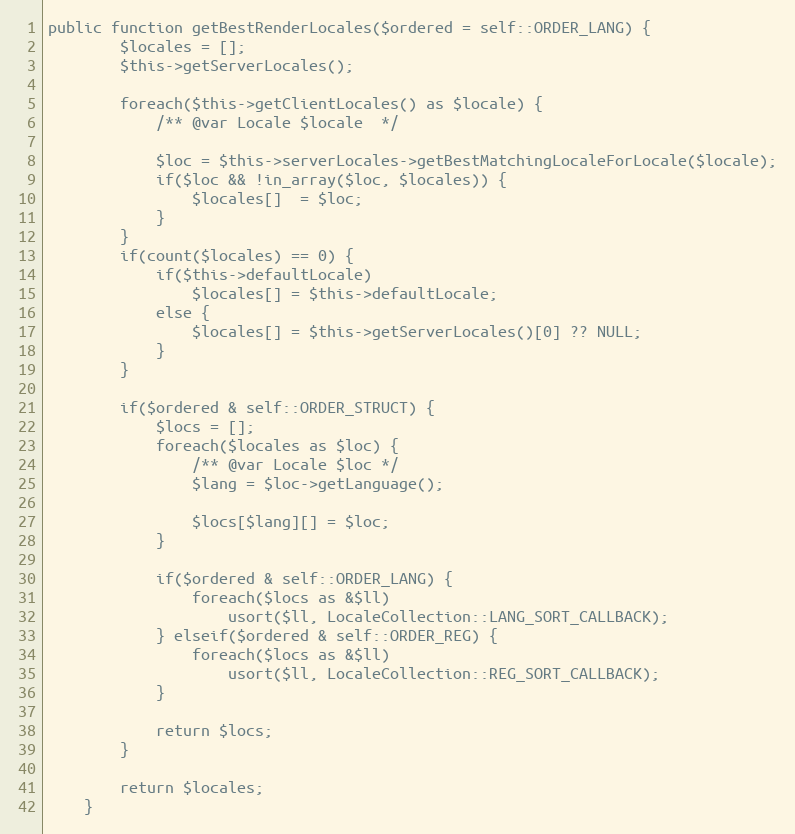
Language: PHP
public function getBestRenderLocales($ordered = self::ORDER_LANG) {
        $locales = [];
        $this->getServerLocales();

        foreach($this->getClientLocales() as $locale) {
            /** @var Locale $locale  */

            $loc = $this->serverLocales->getBestMatchingLocaleForLocale($locale);
            if($loc && !in_array($loc, $locales)) {
                $locales[]  = $loc;
            }
        }
        if(count($locales) == 0) {
            if($this->defaultLocale)
                $locales[] = $this->defaultLocale;
            else {
                $locales[] = $this->getServerLocales()[0] ?? NULL;
            }
        }

        if($ordered & self::ORDER_STRUCT) {
            $locs = [];
            foreach($locales as $loc) {
                /** @var Locale $loc */
                $lang = $loc->getLanguage();

                $locs[$lang][] = $loc;
            }

            if($ordered & self::ORDER_LANG) {
                foreach($locs as &$ll)
                    usort($ll, LocaleCollection::LANG_SORT_CALLBACK);
            } elseif($ordered & self::ORDER_REG) {
                foreach($locs as &$ll)
                    usort($ll, LocaleCollection::REG_SORT_CALLBACK);
            }

            return $locs;
        }

        return $locales;
    }